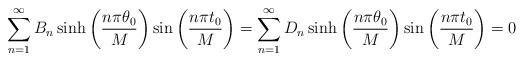
\begin{align*}\begin{aligned}\sum_{n=1}^{\infty}B_n \sinh\left(\frac{n\pi\theta_0}{M}\right)\sin\left(\frac{n\pi t_0}{M}\right)=\sum_{n=1}^{\infty}D_n \sinh\left(\frac{n\pi\theta_0}{M}\right)\sin\left(\frac{n\pi t_0}{M}\right)=0\end{aligned}\end{align*}